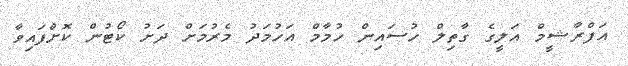
އަފްރާޝީމް އަލީގެ ގާތިލް ހުސައިން ހުމާމް އަހުމަދު މެރުމަށް ދަށު ކޯޓުން ކޮށްފައިވާ